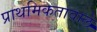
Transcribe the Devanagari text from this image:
प्राथमिकतावाले